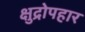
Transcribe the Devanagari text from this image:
क्षुद्रोपहार